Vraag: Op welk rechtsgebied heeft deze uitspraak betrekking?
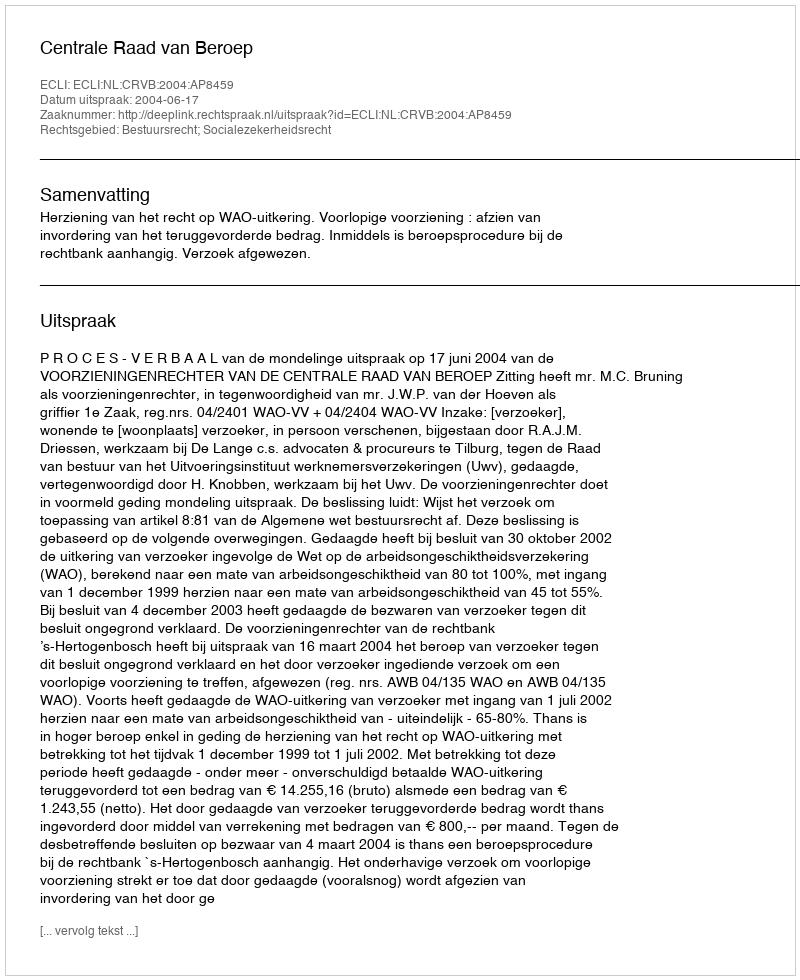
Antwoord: Bestuursrecht; Socialezekerheidsrecht